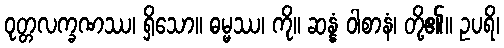
ဝုတ္တလက္ခဏဿ၊ ရှိသော။ ဓမ္မဿ၊ ကို။ ဆန္နံ ဝါစာနံ၊ တို့၏။ ဥပရိ၊